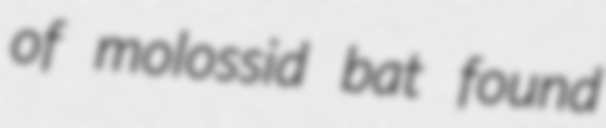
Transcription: of molossid bat found